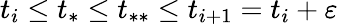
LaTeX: t_{i}\leq t_{*}\leq t_{**}\leq t_{i+1}=t_{i}+\varepsilon